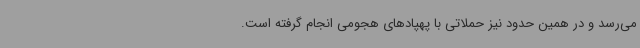
می‌رسد و در همین حدود نیز حملاتی با پهپادهای هجومی انجام گرفته است.